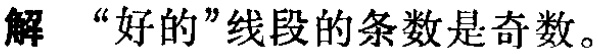
解 “好的”线段的条数是奇数。